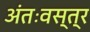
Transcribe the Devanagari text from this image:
अंतःवस्त्र